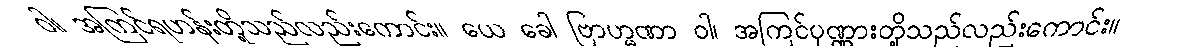
ဝါ၊ အကြင်ရဟန်းတို့သည်လည်းကောင်း။ ယေ ခေါ ဗြာဟ္မဏာ ဝါ၊ အကြင်ပုဏ္ဏားတို့သည်လည်းကောင်း။